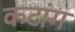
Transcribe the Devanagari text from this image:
कटांग